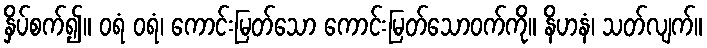
နှိပ်စက်၍။ ဝရံ ဝရံ၊ ကောင်းမြတ်သော ကောင်းမြတ်သောဝက်ကို။ နိဟနံ၊ သတ်လျက်။